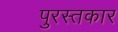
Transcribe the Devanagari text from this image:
पुरस्तकार